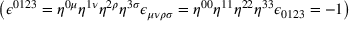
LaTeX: \left( \epsilon ^ { 0 1 2 3 } = \eta ^ { 0 \mu } \eta ^ { 1 \nu } \eta ^ { 2 \rho } \eta ^ { 3 \sigma } \epsilon _ { \mu \nu \rho \sigma } = \eta ^ { 0 0 } \eta ^ { 1 1 } \eta ^ { 2 2 } \eta ^ { 3 3 } \epsilon _ { 0 1 2 3 } = - 1 \right)